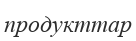
продукттар